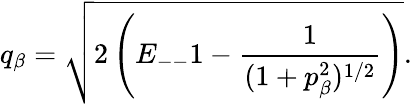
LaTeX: q_{\beta}=\sqrt{2\left(E_{--}1-\frac{1}{(1+p_{\beta}^{2})^{1/2}}\right)}.